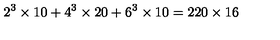
2 ^ { 3 } \times 1 0 + 4 ^ { 3 } \times 2 0 + 6 ^ { 3 } \times 1 0 = 2 2 0 \times 1 6